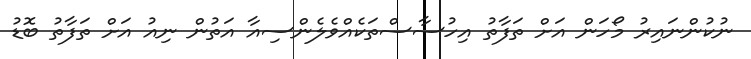
ނުކުންނައިރު މޯހަން އަށް ތަފާތު އިހުސާސްތަކެއްވެލެންސިއާ އަތުން ނިއު އަށް ތަފާތު ބޮޑު